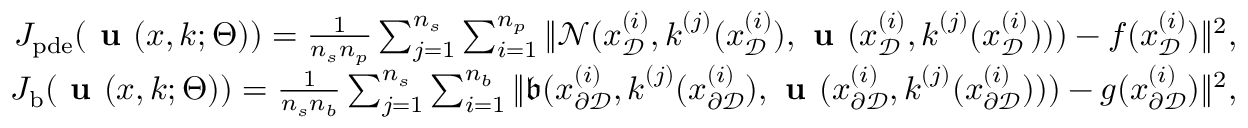
\begin{array} { r } { J _ { \mathrm { p d e } } ( \textbf { u } ( \boldsymbol { x } , \boldsymbol { k } ; \Theta ) ) = \frac { 1 } { n _ { s } n _ { p } } \sum _ { j = 1 } ^ { n _ { s } } \sum _ { i = 1 } ^ { n _ { p } } \| \mathcal { N } ( \boldsymbol { x } _ { \mathcal { D } } ^ { ( i ) } , \boldsymbol { k } ^ { ( j ) } ( \boldsymbol { x } _ { \mathcal { D } } ^ { ( i ) } ) , \textbf { u } ( \boldsymbol { x } _ { \mathcal { D } } ^ { ( i ) } , \boldsymbol { k } ^ { ( j ) } ( \boldsymbol { x } _ { \mathcal { D } } ^ { ( i ) } ) ) ) - f ( \boldsymbol { x } _ { \mathcal { D } } ^ { ( i ) } ) \| ^ { 2 } , } \\ { J _ { \mathrm { b } } ( \textbf { u } ( \boldsymbol { x } , \boldsymbol { k } ; \Theta ) ) = \frac { 1 } { n _ { s } n _ { b } } \sum _ { j = 1 } ^ { n _ { s } } \sum _ { i = 1 } ^ { n _ { b } } \| \mathfrak { b } ( \boldsymbol { x } _ { \partial \mathcal { D } } ^ { ( i ) } , \boldsymbol { k } ^ { ( j ) } ( \boldsymbol { x } _ { \partial \mathcal { D } } ^ { ( i ) } ) , \textbf { u } ( \boldsymbol { x } _ { \partial \mathcal { D } } ^ { ( i ) } , \boldsymbol { k } ^ { ( j ) } ( \boldsymbol { x } _ { \partial \mathcal { D } } ^ { ( i ) } ) ) ) - g ( \boldsymbol { x } _ { \partial \mathcal { D } } ^ { ( i ) } ) \| ^ { 2 } , } \end{array}